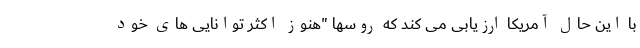
با این حال آمریکا ارزیابی می کند که روسها "هنوز اکثر توانایی های خود